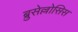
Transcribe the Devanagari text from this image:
ब्रुसेल्लोसिस